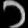
Digit: ၁